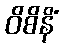
ဝိစိနိံ